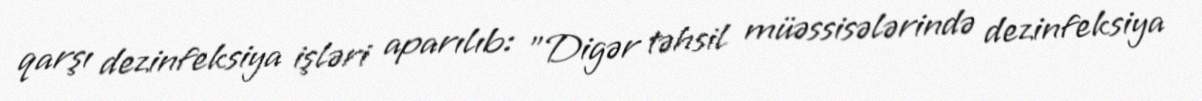
qarşı dezinfeksiya işləri aparılıb: "Digər təhsil müəssisələrində dezinfeksiya